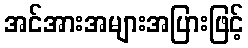
အင်အားအများအပြားဖြင့်